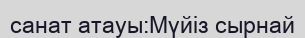
санат атауы:Мүйіз сырнай